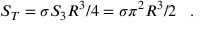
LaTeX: S _ { T } = \sigma { \cal S } _ { 3 } R ^ { 3 } / 4 = \sigma { \pi } ^ { 2 } R ^ { 3 } / 2 \; \; \; .